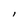
Character: l